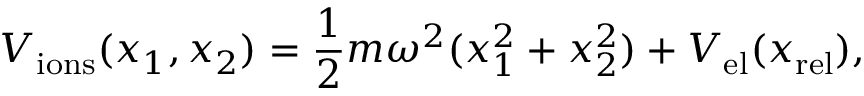
V _ { \mathrm { i o n s } } ( x _ { 1 } , x _ { 2 } ) = \frac { 1 } { 2 } m \omega ^ { 2 } ( x _ { 1 } ^ { 2 } + x _ { 2 } ^ { 2 } ) + V _ { \mathrm { e l } } ( x _ { \mathrm { r e l } } ) ,